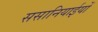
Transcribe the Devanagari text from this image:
ससानियाईयों